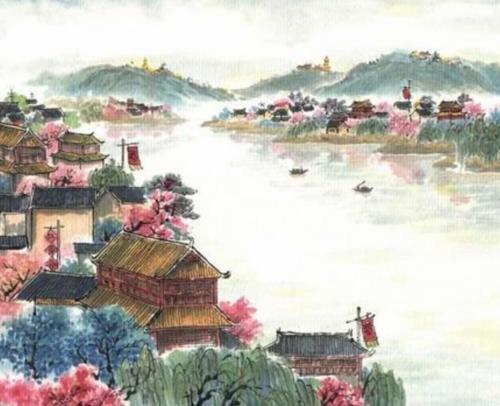
镇日思归归未得，孤负殷勤杜宇。